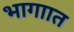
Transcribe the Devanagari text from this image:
भागाात